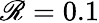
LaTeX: \mathscr{R}=0.1